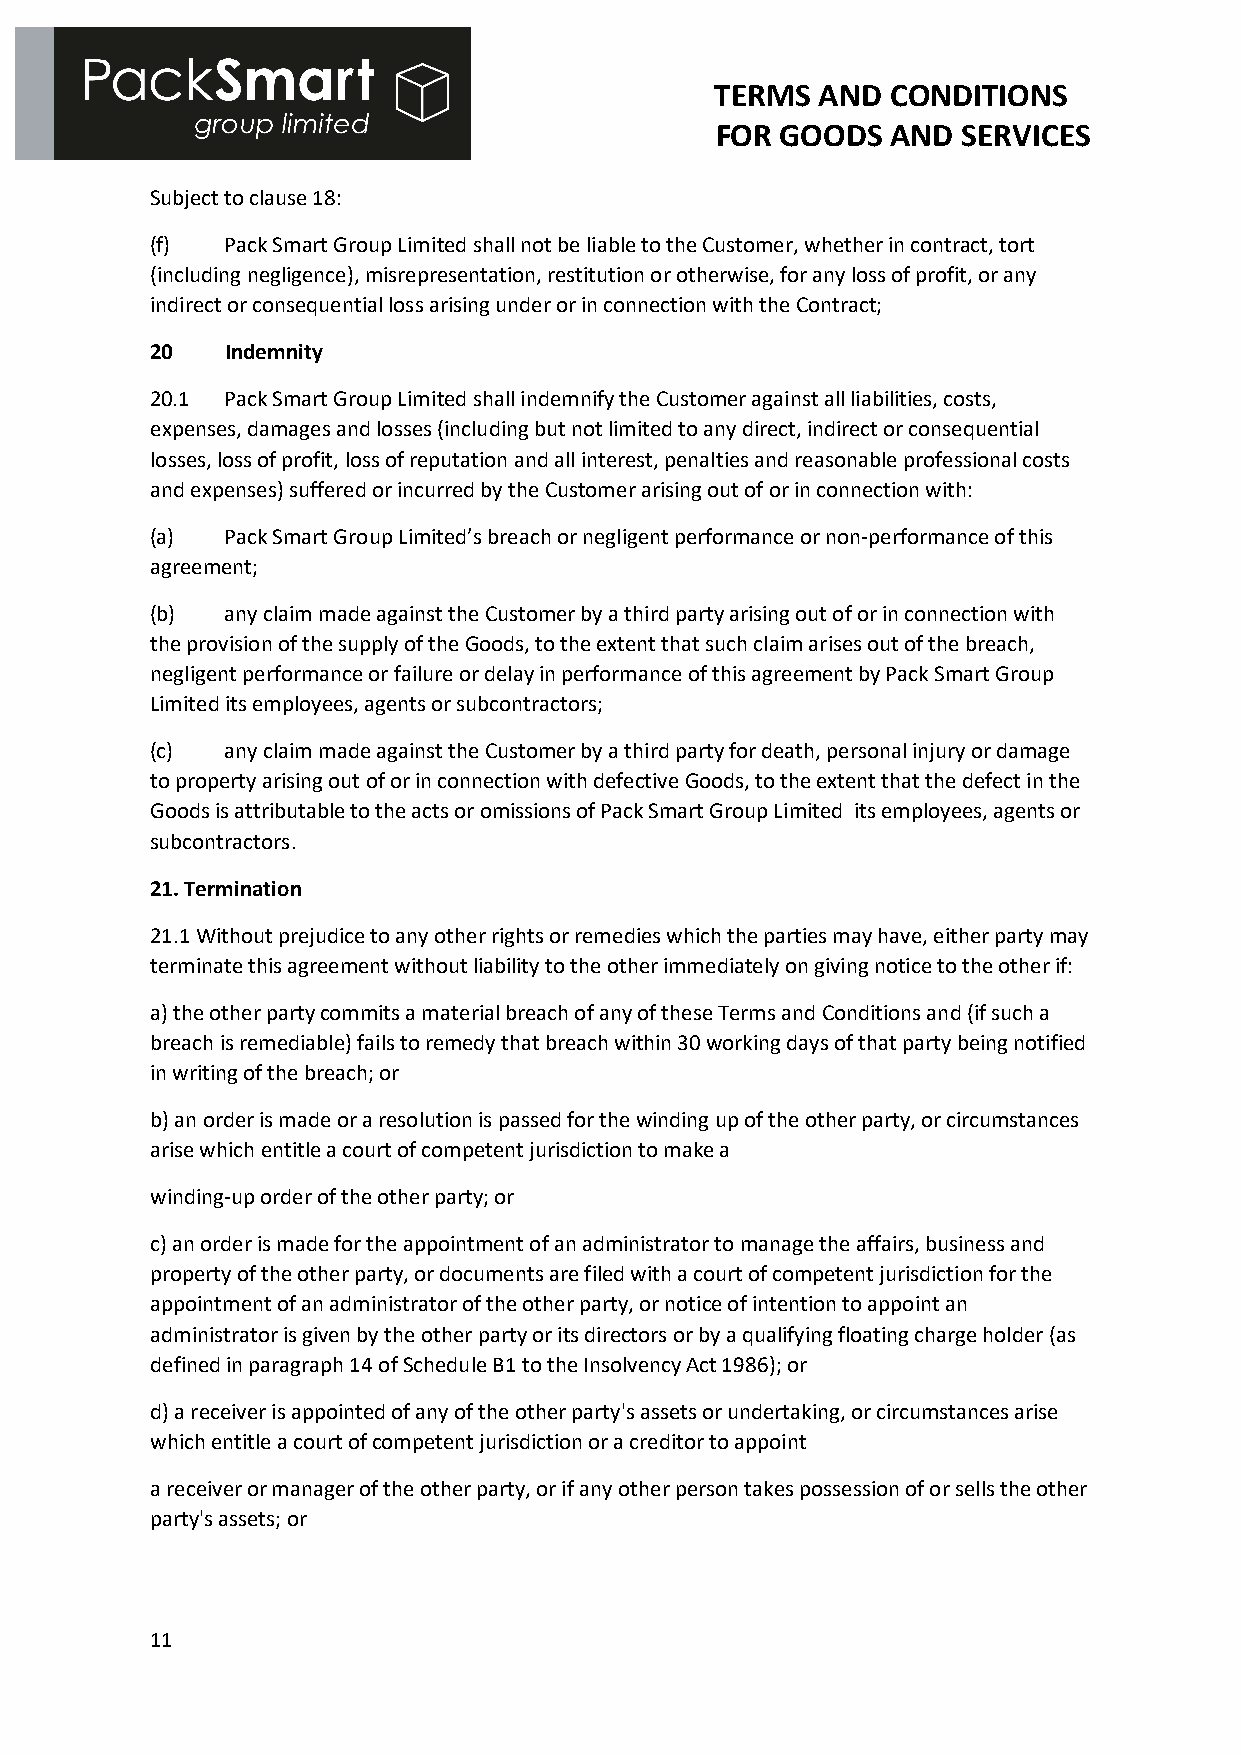
TERMS  AND  CONDITIONS
 FOR  GOODS  AND  SERVICES
 Subject to clause 18:
 (f)  Pack Smart Group Limited shall not be liable to the Customer, whether in contract, tort
 (including negligence), misrepresentation, restitution or otherwise, for any loss of profit, or any
 indirect or consequential loss arising under or in connection with the Contract;
 20   Indemnity
 20.1 Pack Smart Group Limited shall indemnify the Customer against all liabilities, costs,
 expenses, damages and losses (including but not limited to any direct, indirect or consequential
 losses, loss of profit, loss of reputation and all interest, penalties and reasonable professional costs
 and expenses) suffered or incurred by the Customer arising out of or in connection with:
 (a)  Pack Smart Group Limited’s breach or negligent performance or non-performance of this
 agreement;
 (b)  any claim made against the Customer by a third party arising out of or in connection with
 the provision of the supply of the Goods, to the extent that such claim arises out of the breach,
 negligent performance or failure or delay in performance of this agreement by Pack Smart Group
 Limited its employees, agents or subcontractors;
 (c)  any claim made against the Customer by a third party for death, personal injury or damage
 to property arising out of or in connection with defective Goods, to the extent that the defect in the
 Goods is attributable to the acts or omissions of Pack Smart Group Limited its employees, agents or
 subcontractors.
 21. Termination
 21.1 Without prejudice to any other rights or remedies which the parties may have, either party may
 terminate this agreement without liability to the other immediately on giving notice to the other if:
 a) the other party commits a material breach of any of these Terms and Conditions and (if such a
 breach is remediable) fails to remedy that breach within 30 working days of that party being notified
 in writing of the breach; or
 b) an order is made or a resolution is passed for the winding up of the other party, or circumstances
 arise which entitle a court of competent jurisdiction to make a
 winding-up order of the other party; or
 c) an order is made for the appointment of an administrator to manage the affairs, business and
 property of the other party, or documents are filed with a court of competent jurisdiction for the
 appointment of an administrator of the other party, or notice of intention to appoint an
 administrator is given by the other party or its directors or by a qualifying floating charge holder (as
 defined in paragraph 14 of Schedule B1 to the Insolvency Act 1986); or
 d) a receiver is appointed of any of the other party's assets or undertaking, or circumstances arise
 which entitle a court of competent jurisdiction or a creditor to appoint
 a receiver or manager of the other party, or if any other person takes possession of or sells the other
 party's assets; or
 11